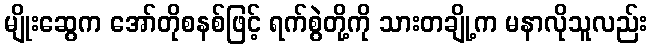
မျိုးဆွေက အော်တိုစနစ်ဖြင့် ရက်စွဲတို့ကို သားတချို့က မနာလိုသူလည်း